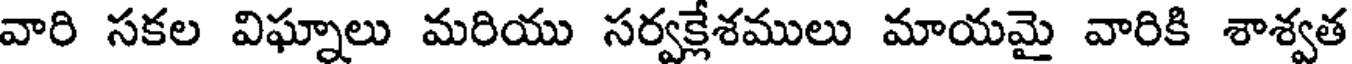
వారి సకల విఘ్నాలు మరియు సర్వక్లేశములు మాయమై వారికి శాశ్వత